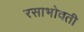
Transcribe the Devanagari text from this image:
रसाभोवती